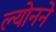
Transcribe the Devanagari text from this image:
ल्योनने